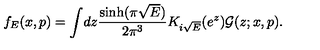
f _ { E } ( x , p ) = \int \! d z \frac { \sinh ( \pi \sqrt { E } ) } { 2 \pi ^ { 3 } } K _ { i \sqrt { E } } ( e ^ { z } ) \mathcal { G } ( z ; x , p ) .